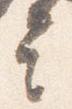
言